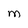
Character: M